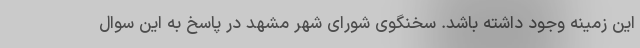
این زمینه وجود داشته باشد. سخنگوی شورای شهر مشهد در پاسخ به این سوال